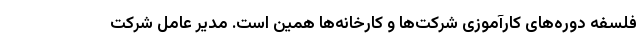
فلسفه دوره‌های کارآموزی شرکت‌ها و کارخانه‌ها همین است. مدیر عامل شرکت